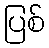
ပြစ်